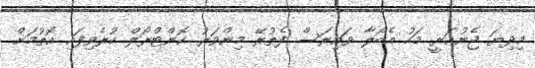
މިދިޔަ ޖެނުއަރީ މަހު އެބޯލާ ވައިރަސް ފެތުރޭ މިންވަރު ކޮންޓްރޯލް ކުރެވިފައި އޮތުމަށް